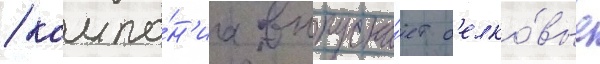
/ компа́н'иа выпуска́ет б'елко́вые